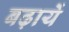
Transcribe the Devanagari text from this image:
बढ़ायें